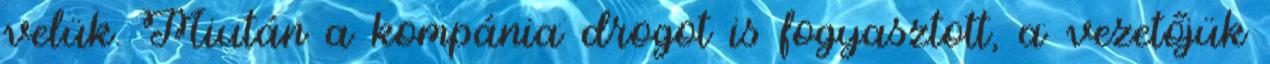
velük. Miután a kompánia drogot is fogyasztott, a vezetőjük